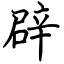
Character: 辟